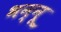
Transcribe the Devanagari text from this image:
भन्नू